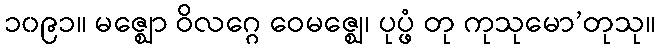
၁၀၉၁။ မဇ္ဈော ဝိလဂ္ဂေ ဝေမဇ္ဈေ၊ ပုပ္ဖံ တု ကုသုမော’တုသု။